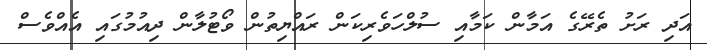
އަދި ރަށު ތެރޭގެ އަމާން ކަމާއި ސުލްހަވެރިކަން ރައްޔިތުން ވޯޓުލާން ދިއުމުގައި އެއްވެސް